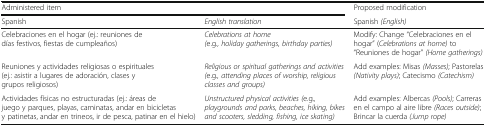
| <COLSPAN=2> Administered item | Proposed modification |
 | Spanish | English translation | Spanish (English) |
 | --- | --- | --- |
 | Celebraciones en el hogar (ej.: reuniones de días festivos, fiestas de cumpleaños) | Celebrations at home (e.g., holiday gatherings, birthday parties) | Modify: Change “Celebraciones en el hogar” (Celebrations at home) to “Reuniones de hogar” (Home gatherings) |
 | Reuniones y actividades religiosas o espirituales (ej.: asistir a lugares de adoración, clases y grupos religiosos) | Religious or spiritual gatherings and activities (e.g., attending places of worship, religious classes and groups) | Add examples: Misas (Masses); Pastorelas (Nativity plays); Catecismo (Catechism) |
 | Actividades físicas no estructuradas (ej.: áreas de juego y parques, playas, caminatas, andar en bicicletas y patinetas, andar en trineos, ir de pesca, patinar en el hielo) | Unstructured physical activities (e.g., playgrounds and parks, beaches, hiking, bikes and scooters, sledding, fishing, ice skating) | Add examples: Albercas (Pools); Carreras en el campo al aire libre (Races outside); Brincar la cuerda (Jump rope) |